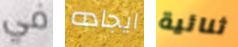
في ايجاده ثنائية